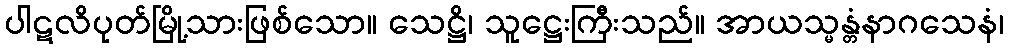
ပါဋလိပုတ်မြို့သားဖြစ်သော။ သေဋ္ဌိ၊ သူဋ္ဌေးကြီးသည်။ အာယသ္မန္တံနာဂသေနံ၊